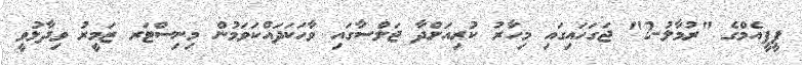
ޕީޕީއެމްގެ "ރުމާލު-2" ޖަގަހައިގައި މިހާރު ކުރިއަށްދާ ޖަލްސާގައި ވާހަކަދައްކަވަމުން މިނިސްޓަރ ޒަމީރު ވިދާޅުވީ